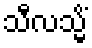
သီလသ္မိံ